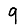
Digit: 9